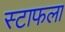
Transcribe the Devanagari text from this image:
स्टाफला